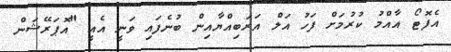
އެފޮޓޯ އާއްމު ކުރުމަށް ފަހު އަލް އަރަބިއްޔާއިން ބުނެފައި ވަނީ އެއީ "އޮޕަރޭޝަން